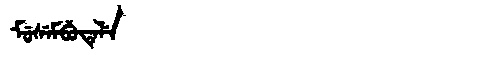
Manchu: ᠮᡠᠰᡝᠮᠪᡠᡨᡝᠯᡝ
Romanization: MUSEMBUTELE